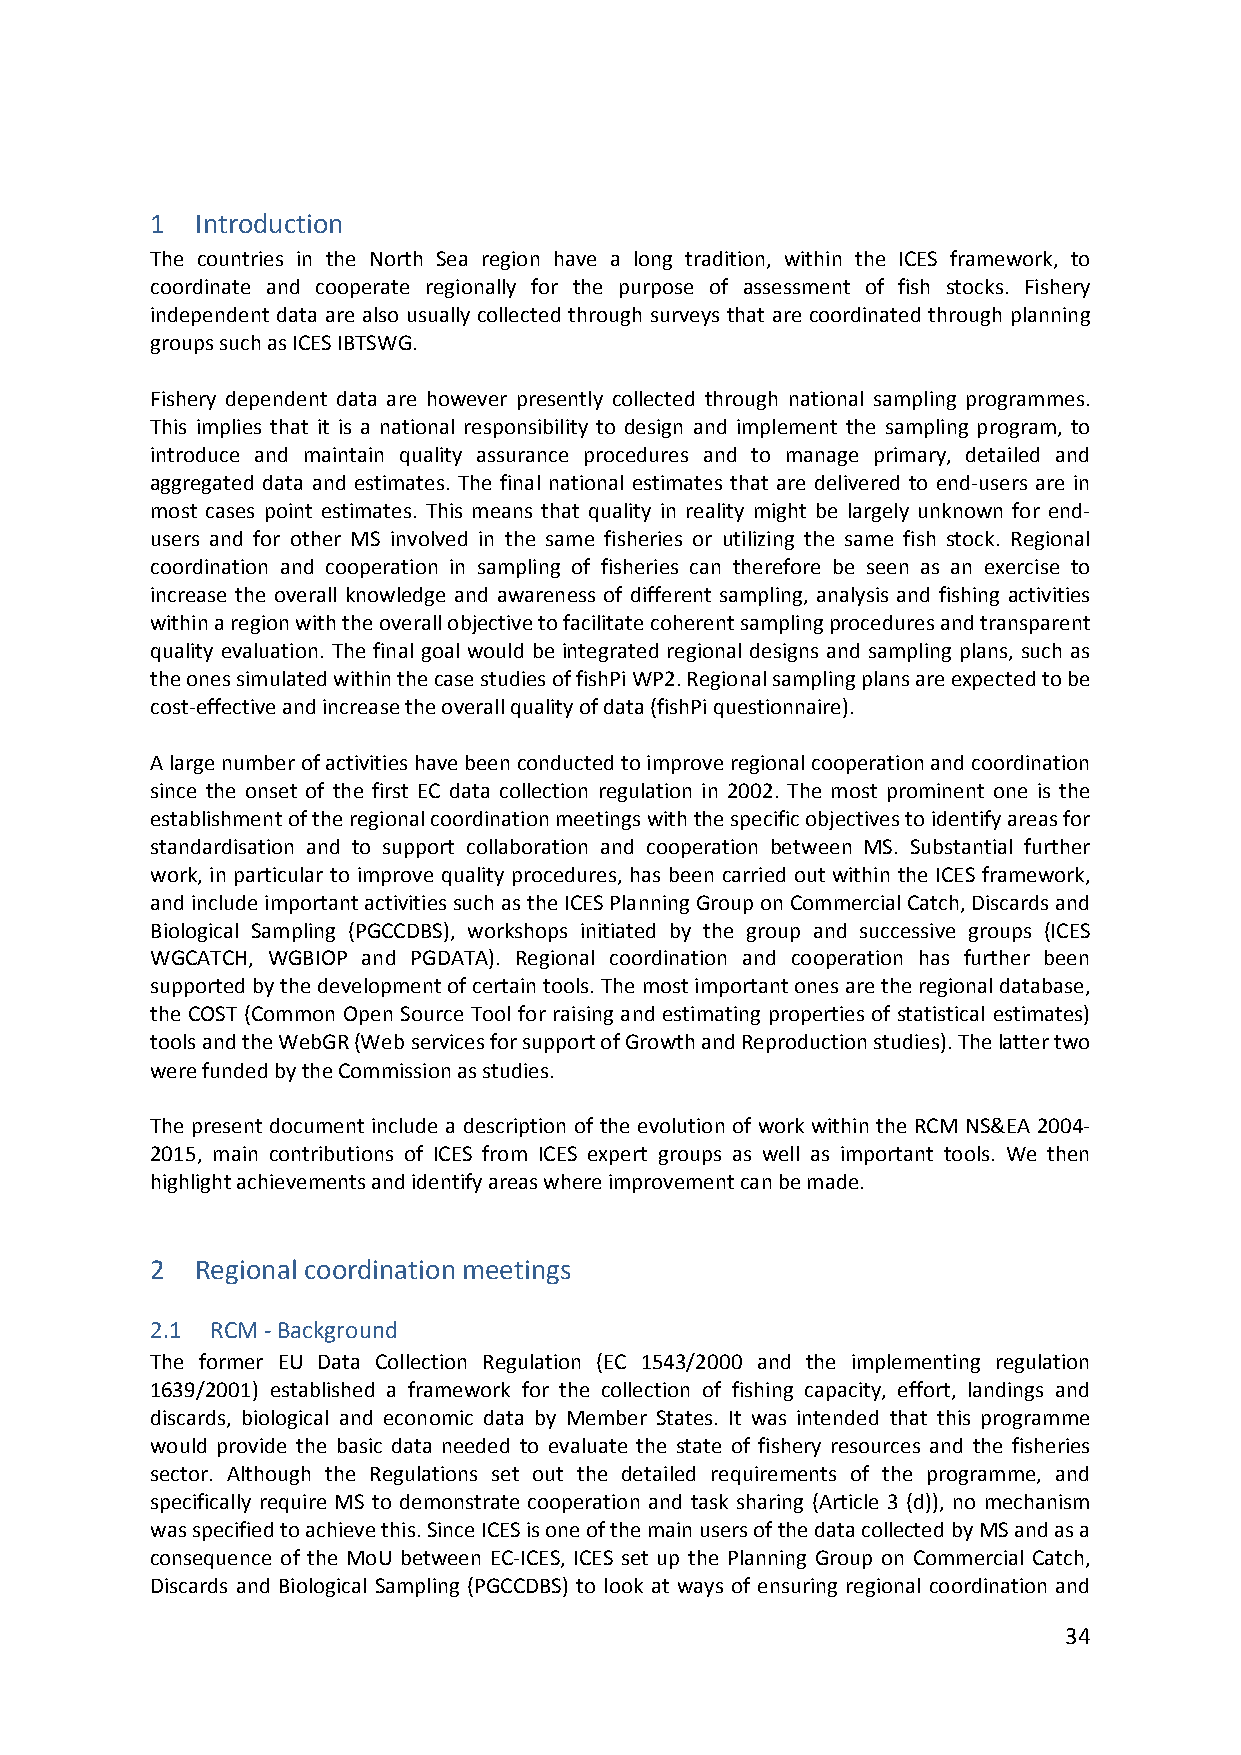
1  Introduction
 The countries in the North Sea region have a long tradition, within the ICES framework, to
 coordinate and cooperate regionally for the purpose of assessment of fish stocks. Fishery
 independent data are also usually collected through surveys that are coordinated through planning
 groups such as ICES IBTSWG.
 Fishery dependent data are however presently collected through national sampling programmes.
 This implies that it is a national responsibility to design and implement the sampling program, to
 introduce and maintain quality assurance procedures and to manage primary, detailed and
 aggregated data and estimates. The final national estimates that are delivered to end‐users are in
 most cases point estimates. This means that quality in reality might be largely unknown for end‐
 users and for other MS involved in the same fisheries or utilizing the same fish stock. Regional
 coordination and cooperation in sampling of fisheries can therefore be seen as an exercise to
 increase the overall knowledge and awareness of different sampling, analysis and fishing activities
 within a region with the overall objective to facilitate coherent sampling procedures and transparent
 quality evaluation. The final goal would be integrated regional designs and sampling plans, such as
 the ones simulated within the case studies of fishPi WP2. Regional sampling plans are expected to be
 cost‐effective and increase the overall quality of data (fishPi questionnaire).
 A large number of activities have been conducted to improve regional cooperation and coordination
 since the onset of the first EC data collection regulation in 2002. The most prominent one is the
 establishment of the regional coordination meetings with the specific objectives to identify areas for
 standardisation and to support collaboration and cooperation between MS. Substantial further
 work, in particular to improve quality procedures, has been carried out within the ICES framework,
 and include important activities such as the ICES Planning Group on Commercial Catch, Discards and
 Biological Sampling (PGCCDBS), workshops initiated by the group and successive groups (ICES
 WGCATCH, WGBIOP and PGDATA). Regional coordination and cooperation has further been
 supported by the development of certain tools. The most important ones are the regional database,
 the COST (Common Open Source Tool for raising and estimating properties of statistical estimates)
 tools and the WebGR (Web services for support of Growth and Reproduction studies). The latter two
 were funded by the Commission as studies.
 The present document include a description of the evolution of work within the RCM NS&EA 2004‐
 2015, main contributions of ICES from ICES expert groups as well as important tools. We then
 highlight achievements and identify areas where improvement can be made.
 2  Regional coordination meetings
 2.1 RCM ‐ Background
 The former EU Data Collection Regulation (EC 1543/2000 and the implementing regulation
 1639/2001) established a framework for the collection of fishing capacity, effort, landings and
 discards, biological and economic data by Member States. It was intended that this programme
 would provide the basic data needed to evaluate the state of fishery resources and the fisheries
 sector. Although the Regulations set out the detailed requirements of the programme, and
 specifically require MS to demonstrate cooperation and task sharing (Article 3 (d)), no mechanism
 was specified to achieve this. Since ICES is one of the main users of the data collected by MS and as a
 consequence of the MoU between EC‐ICES, ICES set up the Planning Group on Commercial Catch,
 Discards and Biological Sampling (PGCCDBS) to look at ways of ensuring regional coordination and
 34